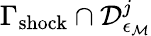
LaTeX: \Gamma_{\mathrm{shock}}\cap\mathcal{D}_{\epsilon_{\mathcal{M}}}^{j}